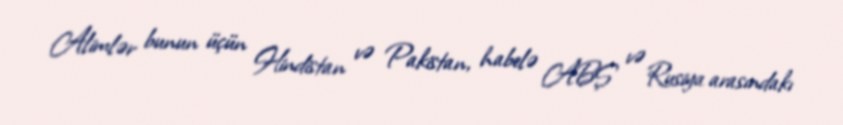
Alimlər bunun üçün Hindistan və Pakistan, habelə ABŞ və Rusiya arasındakı